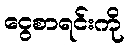
ငွေစာရင်းကို